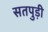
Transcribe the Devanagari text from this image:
सतपुड़ी